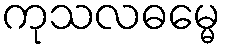
ကုသလဓမ္မေ